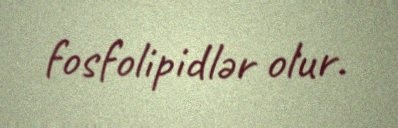
fosfolipidlər olur.